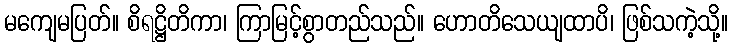
မကျေမပြတ်။ စိရဋ္ဌိတိကာ၊ ကြာမြင့်စွာတည်သည်။ ဟောတိသေယျထာပိ၊ ဖြစ်သကဲ့သို့။